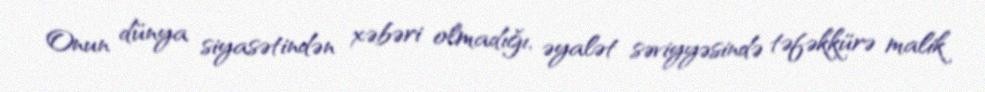
Onun dünya siyasətindən xəbəri olmadığı, əyalət səviyyəsində təfəkkürə malik